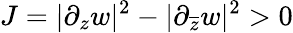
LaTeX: J=|\partial_{z}w|^{2}-|\partial_{\overline{{z}}}w|^{2}>0